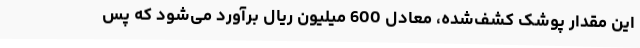
این مقدار پوشک کشف‌شده، معادل 600 میلیون ریال برآورد می‌شود که پس